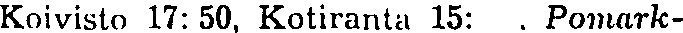
Koivisto 17: 50, Kotiranta 15: Pomark-